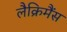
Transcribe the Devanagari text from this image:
लैक्रिमैंस